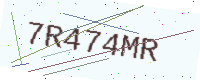
Text: 7R474MR